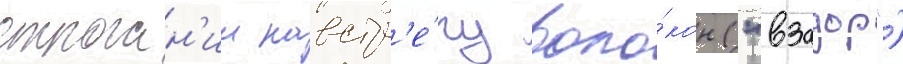
строган'ии навстр'е́чу воло́кон ("взадор")